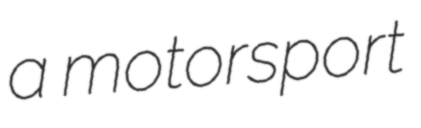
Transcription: a motorsport